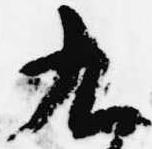
九